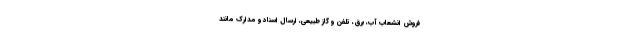
فروش انشعاب آب، برق، تلفن و گاز طبیعی، ارسال اسناد و مدارک مانند